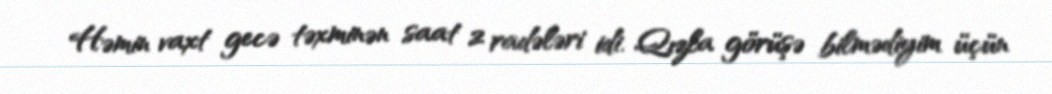
Həmin vaxt gecə təxminən saat 2 radələri idi. Qızla görüşə bilmədiyim üçün